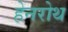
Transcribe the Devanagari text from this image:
हेनरोथ